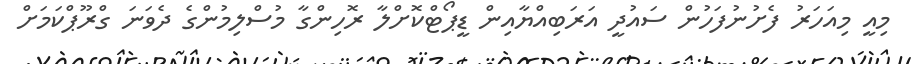
މިއީ މިއަހަރު ފެށުނުފަހުން ސައުދީ އަރަބިއްޔާއިން ޑީޕޯޓްކޮށްލާ ރޮހިންގާ މުސްލިމުންގެ ދެވަނަ ގްރޫޕްކަމަށް